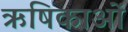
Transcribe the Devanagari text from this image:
ऋषिकाओं